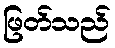
ဖြတ်သည်